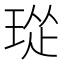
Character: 㻜